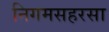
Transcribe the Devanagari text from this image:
निगमसहरसा